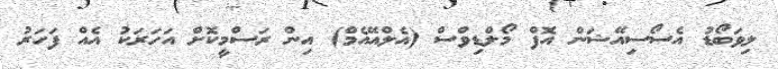
ލިވަބޯޑު އެސޯސިއޭޝަން އޮފް މޯލްޑިވްސް (އެލްއޭއެމް) އިން ރަސްމީކޮށް އަހަރަކު އެއް ފަހަރު